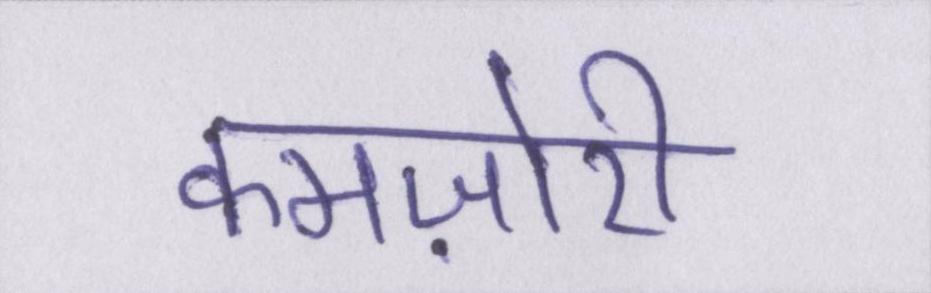
कमज़ोरी